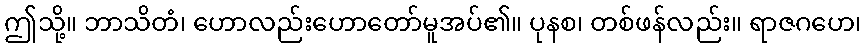
ဤသို့။ ဘာသိတံ၊ ဟောလည်းဟောတော်မူအပ်၏။ ပုနစ၊ တစ်ဖန်လည်း။ ရာဇဂဟေ၊